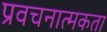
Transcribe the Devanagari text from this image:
प्रवचनात्मकता